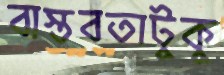
বাস্তবতাটুকু